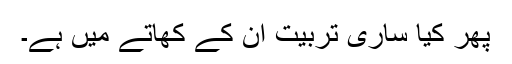
پھر کیا ساری تربیت ان کے کھاتے میں ہے۔